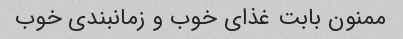
ممنون بابت غذای خوب و زمانبندی خوب